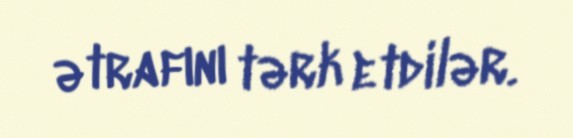
ətrafını tərk etdilər.